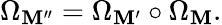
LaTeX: \Omega_{\mathbf{M}^{\prime\prime}}=\Omega_{\mathbf{M}^{\prime}}\circ\Omega_{\mathbf{M}}.